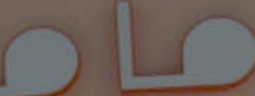
مام